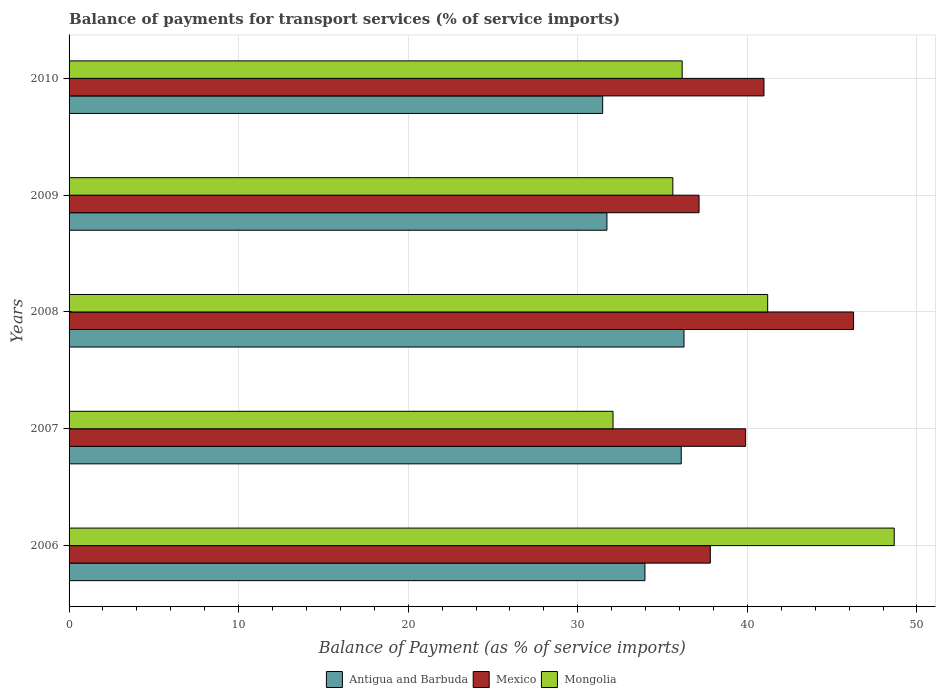
| Years | Antigua and Barbuda | Mexico | Mongolia |
 | --- | --- | --- | --- |
 | 2006 | 34 | 37.8 | 48.7 |
 | 2007 | 36.1 | 39.9 | 32.1 |
 | 2008 | 36.3 | 46.3 | 41.2 |
 | 2009 | 31.7 | 37.1 | 35.6 |
 | 2010 | 31.5 | 41 | 36.2 |